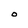
Character: O